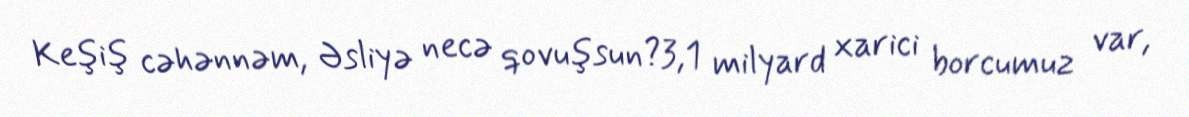
Keşiş cəhənnəm, Əsliyə necə qovuşsun?3,1 milyard xarici borcumuz var,